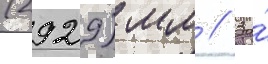
(2929) мм // За́